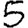
Digit: 5